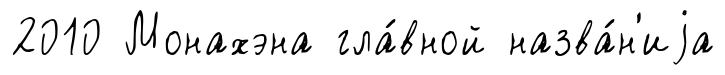
2010 Монахэна гла́вной назва́н'иjа